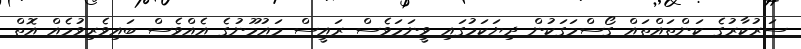
ސަރުކާރުގެ ކަންތައްތައް ގޯސްމަގަކުން ދިޔަކަމުގައި ވީނަމަވެސް ރައީސް މައުމޫނުގެ އެއްވެސް ބައިވެރިވުމެއް އޮތް